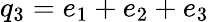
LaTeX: q_{3}=e_{1}+e_{2}+e_{3}